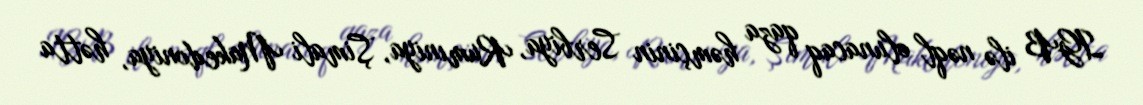
IGB ilə nəql olunacaq qaza həmçinin Serbiya, Rumıniya, Şimali Makedoniya, hətta